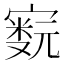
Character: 𫴁